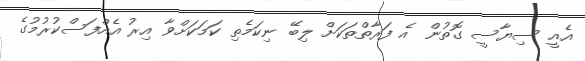
އެއީ ސިޔާސީ ގޮތުން އެ ފަރާތްތަކަށް ލިބޭ ނިކަމެތި ކަމަކަށްވާ އިރު އެއްފަސްކުރުމުގެ